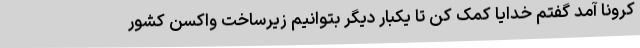
کرونا آمد گفتم خدایا کمک کن تا یکبار دیگر بتوانیم زیرساخت واکسن کشور